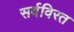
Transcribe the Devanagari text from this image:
सर्वविरत